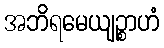
အဘိရမေယျဉ္စာဟံ